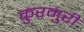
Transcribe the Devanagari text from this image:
कुरमुरी